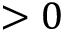
> 0